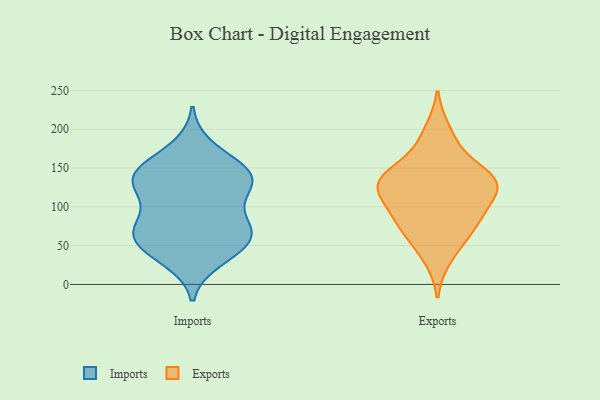
{"axis": {"x": "Energy Usage (MWh)", "y": "Value"}, "legend": ["Exports", "Imports"], "data": [{"x": "", "y": 73, "type": "Imports"}, {"x": "", "y": 69, "type": "Imports"}, {"x": "", "y": 127, "type": "Imports"}, {"x": "", "y": 63, "type": "Imports"}, {"x": "", "y": 32, "type": "Imports"}, {"x": "", "y": 71, "type": "Imports"}, {"x": "", "y": 149, "type": "Imports"}, {"x": "", "y": 129, "type": "Imports"}, {"x": "", "y": 144, "type": "Imports"}, {"x": "", "y": 42, "type": "Imports"}, {"x": "", "y": 176, "type": "Imports"}, {"x": "", "y": 147, "type": "Imports"}, {"x": "", "y": 61, "type": "Imports"}, {"x": "", "y": 143, "type": "Imports"}, {"x": "", "y": 46, "type": "Imports"}, {"x": "", "y": 87, "type": "Imports"}, {"x": "", "y": 129, "type": "Imports"}, {"x": "", "y": 114, "type": "Imports"}, {"x": "", "y": 131, "type": "Exports"}, {"x": "", "y": 96, "type": "Exports"}, {"x": "", "y": 138, "type": "Exports"}, {"x": "", "y": 116, "type": "Exports"}, {"x": "", "y": 198, "type": "Exports"}, {"x": "", "y": 79, "type": "Exports"}, {"x": "", "y": 178, "type": "Exports"}, {"x": "", "y": 116, "type": "Exports"}, {"x": "", "y": 145, "type": "Exports"}, {"x": "", "y": 138, "type": "Exports"}, {"x": "", "y": 34, "type": "Exports"}, {"x": "", "y": 132, "type": "Exports"}, {"x": "", "y": 74, "type": "Exports"}, {"x": "", "y": 58, "type": "Exports"}, {"x": "", "y": 129, "type": "Exports"}, {"x": "", "y": 85, "type": "Exports"}]}